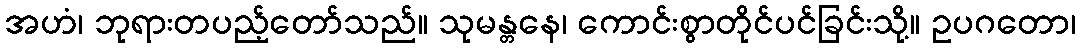
အဟံ၊ ဘုရားတပည့်တော်သည်။ သုမန္တနေ၊ ကောင်းစွာတိုင်ပင်ခြင်းသို့။ ဥပဂတော၊